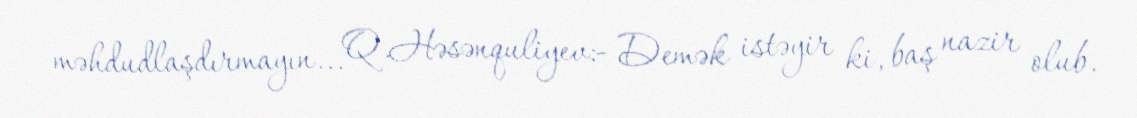
məhdudlaşdırmayın... Q.Həsənquliyev:- Demək istəyir ki, baş nazir olub.